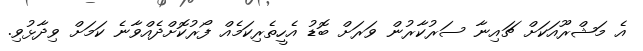
އެ މަޝްރޫއަކަށް ޗައިނާ ސަރުކާރުން ވަރަށް ބޮޑު އެހީތެރިކަމެއް ފޯރުކޮށްދެއްވާނެ ކަމަށް ވިދާޅުވި.